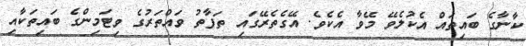
ކާނާގެ ބައިތައް އެކުލެވޭ މޭވާ އެކެވެ. އޭގެތެރޭގައި ތަފާތު ވައްތަރުގެ ވިޓަމިންގެ ބައިތަކާއި